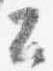
公